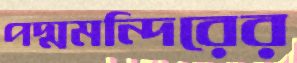
পদ্মমন্দিরের